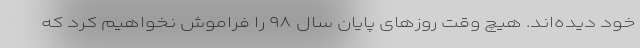
خود دیده‌اند. هیچ وقت روزهای پایان سال ۹۸ را فراموش نخواهیم کرد که